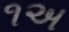
૧અ